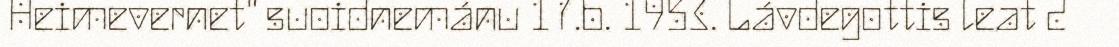
Heimevernet" suoidnemánu 17.b. 1953. Lávdegottis leat 2